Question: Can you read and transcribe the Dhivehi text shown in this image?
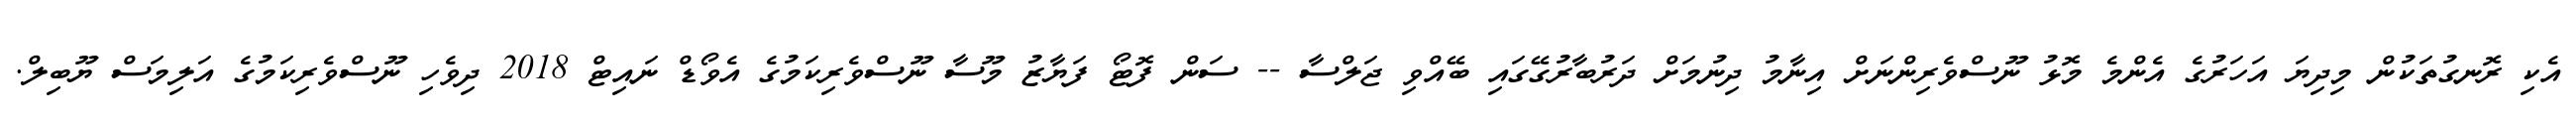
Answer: އެކި ރޮނގުތަކުން މިދިޔަ އަހަރުގެ އެންމެ މޮޅު ނޫސްވެރިންނަށް އިނާމު ދިނުމަށް ދަރުބާރުގޭގައި ބޭއްވި ޖަލްސާ -- ސަން ފޮޓޯ ފަޔާޒު މޫސާ ނޫސްވެރިކަމުގެ އެވޯޑް ނައިޓް 2018 ދިވެހި ނޫސްވެރިކަމުގެ އަލިމަސް ޔޫބިލް.